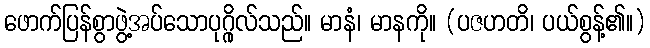
ဖောက်ပြန်စွာဖွဲ့အပ်သောပုဂ္ဂိုလ်သည်။ မာနံ၊ မာနကို။ (ပဇဟတိ၊ ပယ်စွန့်၏။)